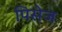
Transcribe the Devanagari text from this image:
पिसेज